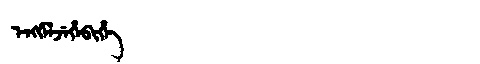
Manchu: ᡝᠩᡤᡝᠯᠵᡝᡥᡝᠪᡳᡥᡝ
Romanization: ENGGELJEHEBIHE